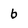
Character: b